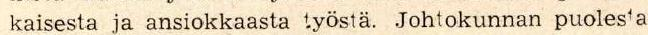
 kaisesta ja ansiokkaasta työstä. Johtokunnan puolesta